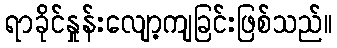
ရာခိုင်နှုန်းလျော့ကျခြင်းဖြစ်သည်။